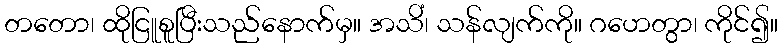
တတော၊ ထိုငြူစူပြီးသည်နောက်မှ။ အသိံ၊ သန်လျက်ကို။ ဂဟေတွာ၊ ကိုင်၍။